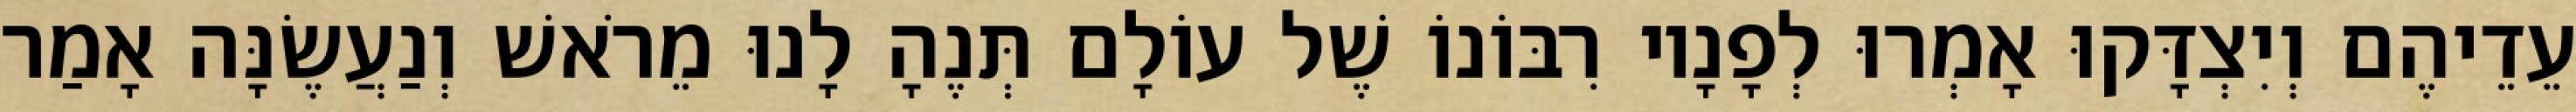
עֵדֵיהֶם וְיִצְדָּקוּ אָמְרוּ לְפָנָיו רִבּוֹנוֹ שֶׁל עוֹלָם תְּנֶהָ לָנוּ מֵרֹאשׁ וְנַעֲשֶׂנָּה אָמַר